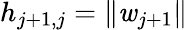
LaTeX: h_{j+1,j}=\| \mathit{w}_{j+1}\|